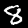
Digit: 8